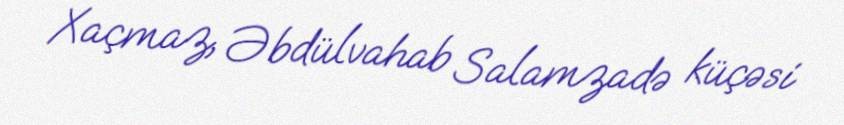
Xaçmaz, Əbdülvahab Salamzadə küçəsi